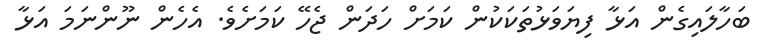
ބަހާލައިގެން އަޅާ ފިޔަވަޅުތަކަކުން ކަމަށް ހަދަން ޖެހޭ ކަމަށެވެ. އެހެން ނޫންނަމަ އަޅާ